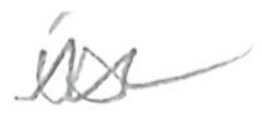
Text: is
Cross-out: zig-zag
Writing tool: pencil